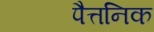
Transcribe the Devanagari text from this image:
पैत्तनिक